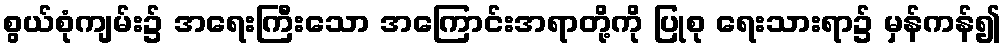
စွယ်စုံကျမ်း၌ အရေးကြီးသော အကြောင်းအရာတို့ကို ပြုစု ရေးသားရာ၌ မှန်ကန်၍